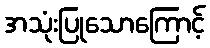
အသုံးပြုသောကြောင့်